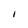
Character: I